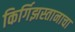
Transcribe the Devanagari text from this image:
किर्गिझस्तानाचा